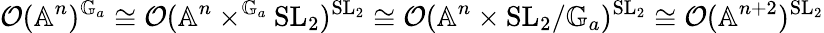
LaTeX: \mathcal O(\mathbb A^{n})^{\mathbb G_{a}}\cong\mathcal O(\mathbb A^{n}\times^{\mathbb G_{a}}\mathrm{SL}_{2})^{\mathrm{SL}_{2}}\cong\mathcal O(\mathbb A^{n}\times\mathrm{SL}_{2}/\mathbb G_{a})^{\mathrm{SL}_{2}}\cong\mathcal O(\mathbb A^{n+2})^{\mathrm{SL}_{2}}